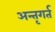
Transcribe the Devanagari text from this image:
अन्तृगर्त